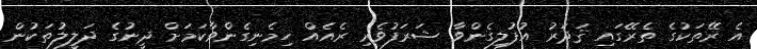
އެ ރޭތަކުގެ ތެރޭގައި ޤަދަރު އުފުލިގެންވާ ޝަރަފުވެރި ރެއެއް ހިމެނިގެންވާކަމަށް ދީނުގެ ދަލީލުތަކުން